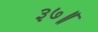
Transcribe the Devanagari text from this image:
३७॥